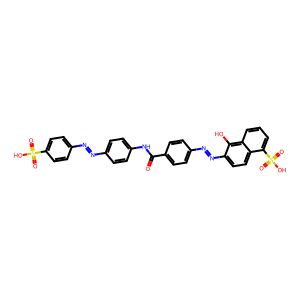
SMILES: O=C(Nc1ccc(N=Nc2ccc(S(=O)(=O)O)cc2)cc1)c1ccc(N=Nc2ccc3c(S(=O)(=O)O)cccc3c2O)cc1
Inhibits HIV replication: Yes